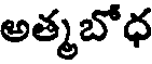
అత్మబోధ